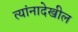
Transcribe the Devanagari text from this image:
त्यांनादेखील